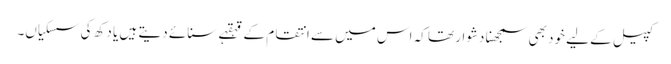
کپیل کے لیے خود بھی سمجھنا دشوار تھا کہ اس میں سے انتقام کے قہقہے سنائے دیتے ہیں یا دکھ کی سسکیاں۔